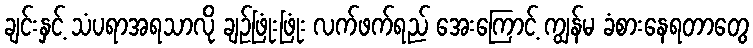
ချင်းနှင့် သံပရာအရသာလို ချဉ်ဖြုံးဖြုံး လက်ဖက်ရည် အေးကြောင့် ကျွန်မ ခံစားနေရတာတွေ